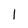
Character: 1